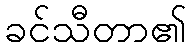
ခင်သီတာ၏